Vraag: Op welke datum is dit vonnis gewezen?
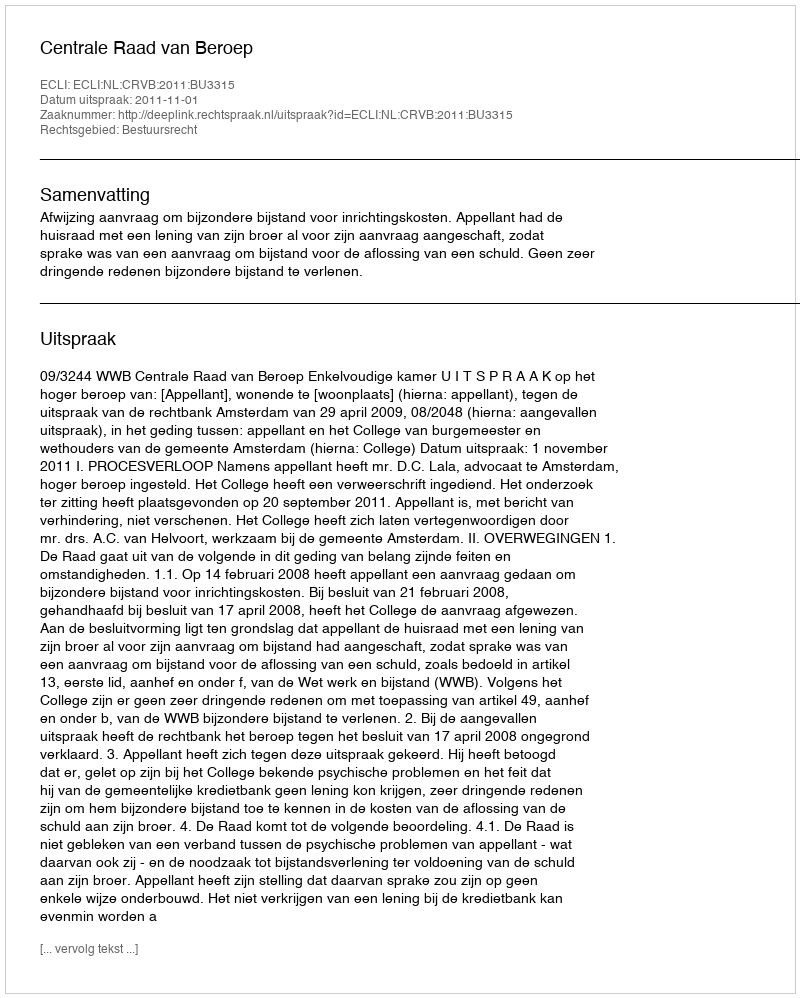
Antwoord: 2011-11-01